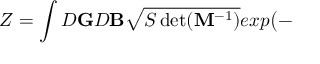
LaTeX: Z = \int { \cal D } { \bf G } { \cal D } { \bf B } \sqrt { S \operatorname * { d e t } ( { \bf M } ^ { - 1 } ) } e x p \big ( -